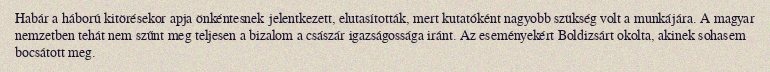
Habár a háború kitörésekor apja önkéntesnek jelentkezett, elutasították, mert kutatóként nagyobb szükség volt a munkájára. A magyar nemzetben tehát nem szűnt meg teljesen a bizalom a császár igazságossága iránt. Az eseményekért Boldizsárt okolta, akinek sohasem bocsátott meg.